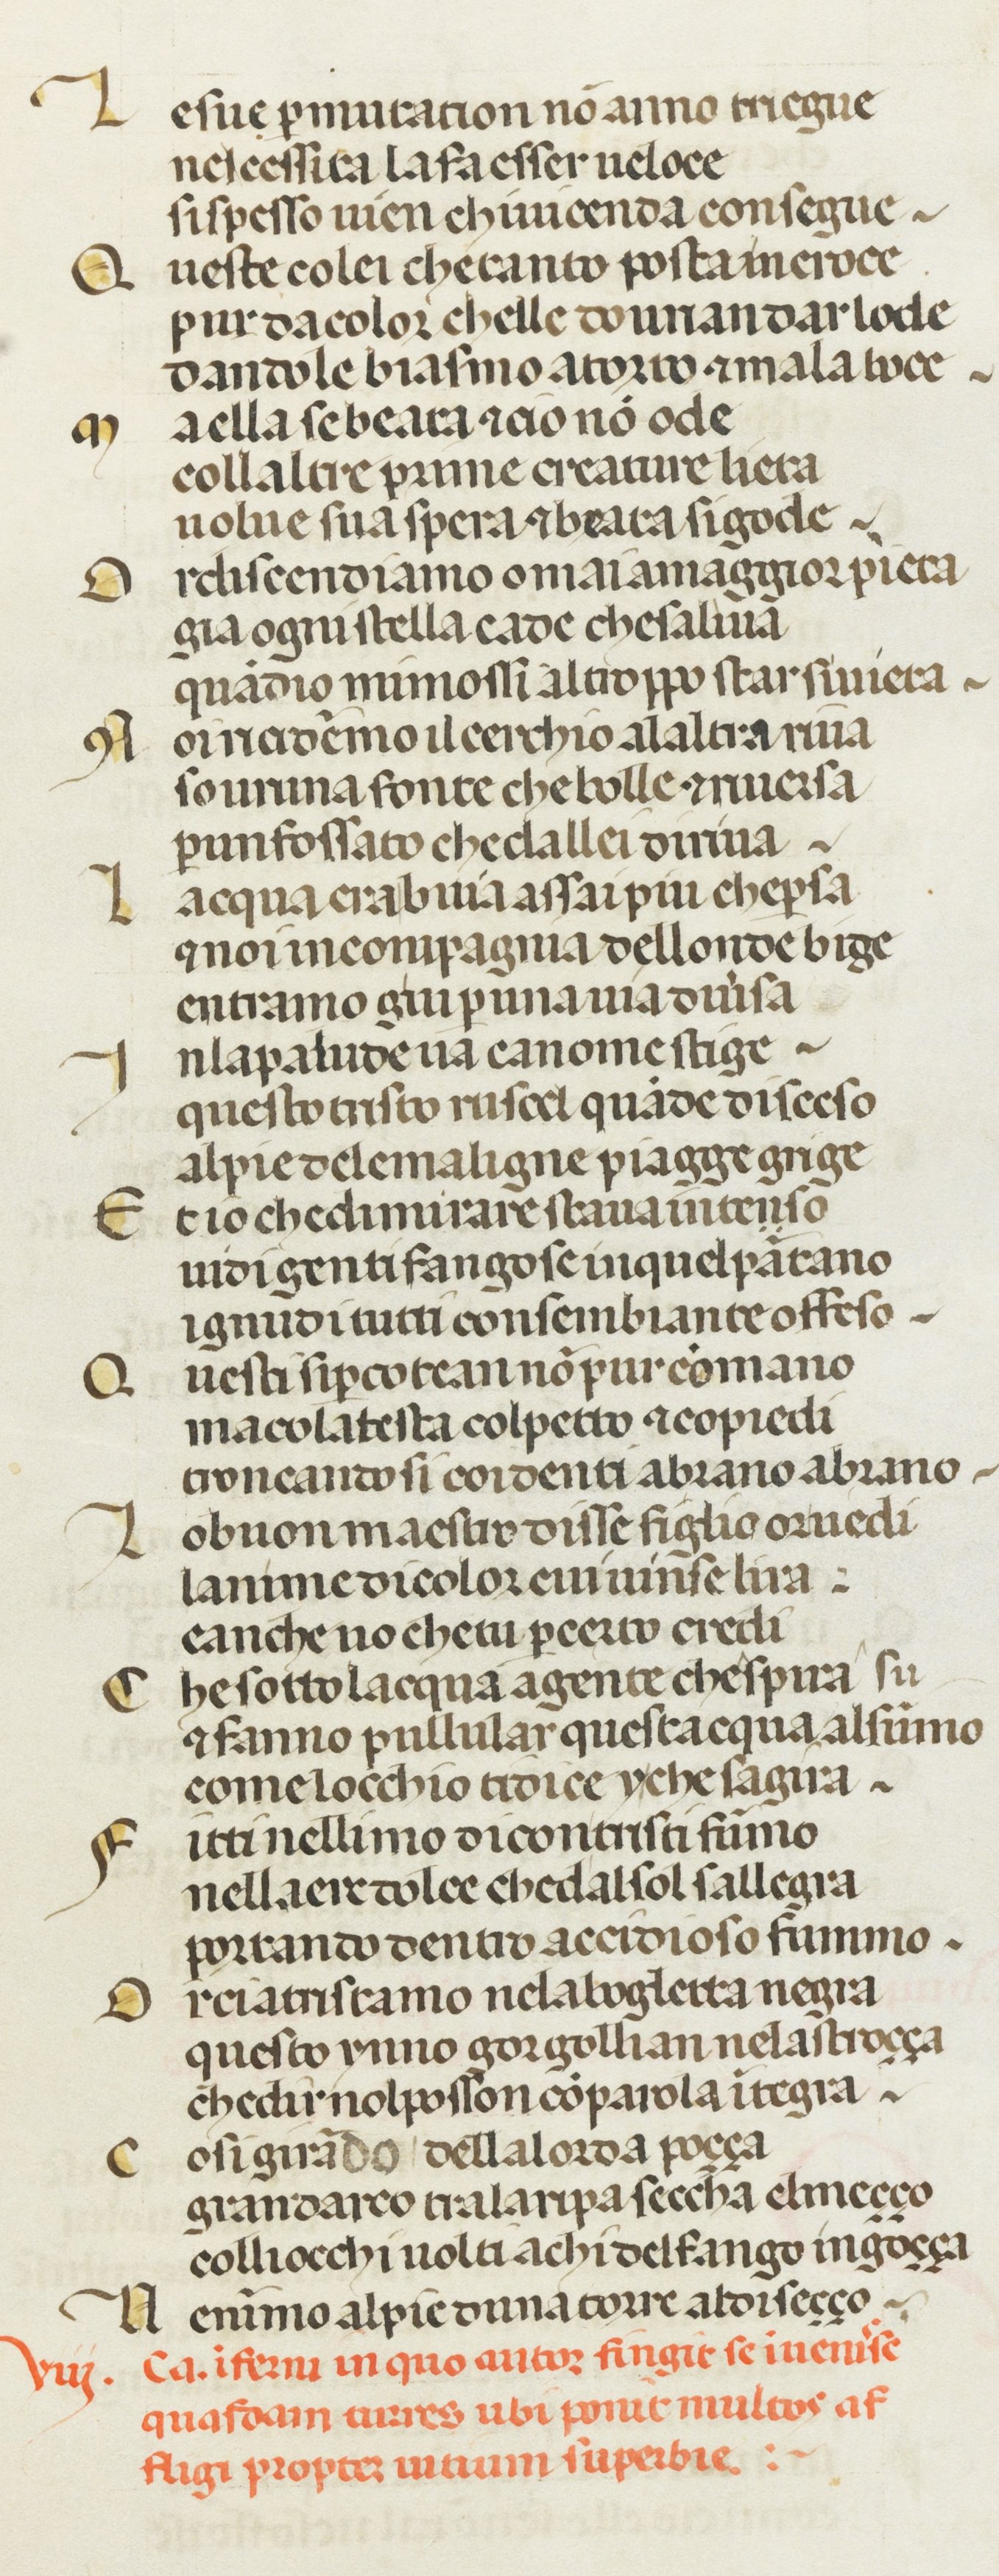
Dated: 1378–1378